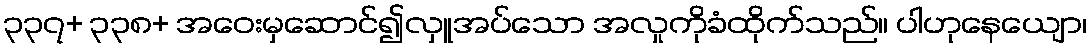
၃၃၇+ ၃၃၈+ အဝေးမှဆောင်၍လှူအပ်သော အလှုကိုခံထိုက်သည်။ ပါဟုနေယျော၊